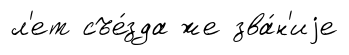
л'ет съе́зда же зва́н'иjе